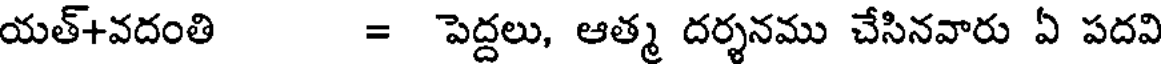
యత్+వదంతి = పెద్దలు, ఆత్మ దర్శనము చేసినవారు ఏ పదవి